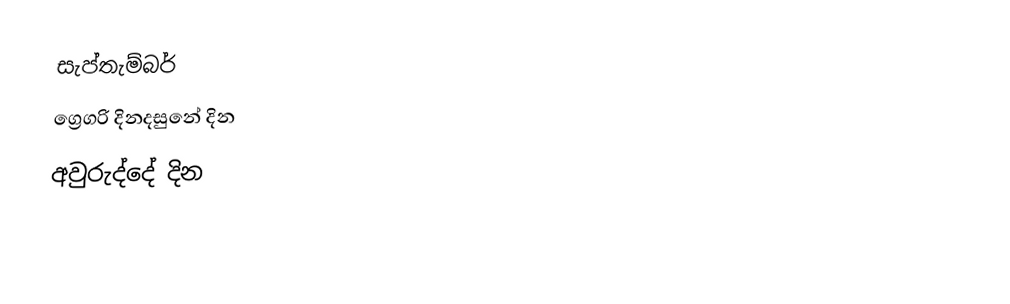
සැප්තැම්බර්
ග්‍රෙගරි දිනදසුනේ දින
අවුරුද්දේ දින